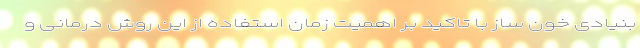
بنیادی خون ساز با تاکید بر اهمیت زمان استفاده از این روش‌ درمانی و